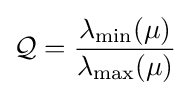
{\mathcal {Q}}={\frac {\lambda _{\min }(\mu )}{\lambda _{\max }(\mu )}}